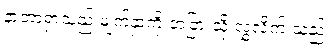
နာတာရှာသည် မျက်နှာကို တခြားသို့ လွှဲလိုက် သည်။